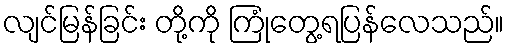
လျင်မြန်ခြင်း တို့ကို ကြုံတွေ့ရပြန်လေသည်။